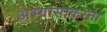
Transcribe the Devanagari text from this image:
अभ्यासाकरता